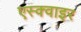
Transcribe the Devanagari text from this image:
एस्क्वाइर